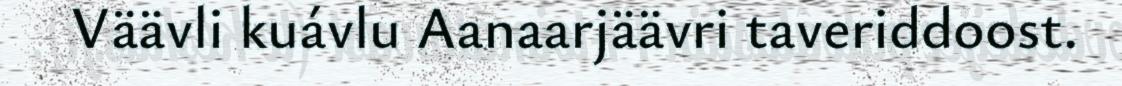
Väävli kuávlu Aanaarjäävri taveriddoost.